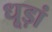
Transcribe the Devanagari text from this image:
धूड़ां